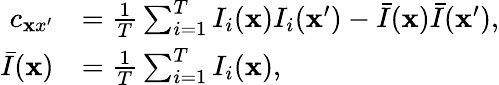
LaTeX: \begin{array}{rl}{c_{{\mathbf xx}^{\prime}}}&{=\frac{1}{T}\sum_{i=1}^{T}I_{i}({\mathbf x})I_{i}({\mathbf x}^{\prime})-\bar{I}({\mathbf x})\bar{I}({\mathbf x}^{\prime}),}\\ {\bar{I}({\mathbf x})}&{=\frac{1}{T}\sum_{i=1}^{T}I_{i}({\mathbf x}),}\end{array}